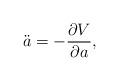
LaTeX: \begin{align*}\ddot{a} = - \frac{\partial V}{\partial a} ,\end{align*}